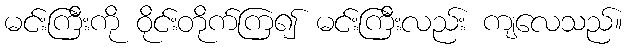
မင်းကြီးကို ဝိုင်းတိုက်ကြ၍ မင်းကြီးလည်း ကျလေသည်။